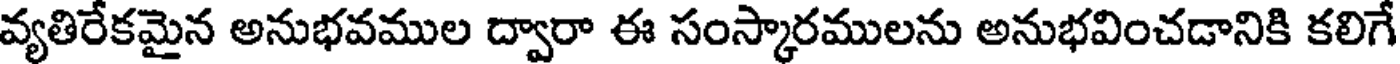
వ్యతిరేకమైన అనుభవముల ద్వారా ఈ సంస్కారములను అనుభవించడానికి కలిగే